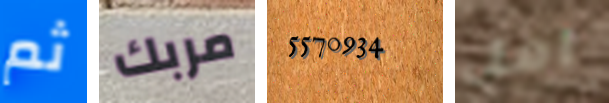
ثم مربك 5570934 آمل